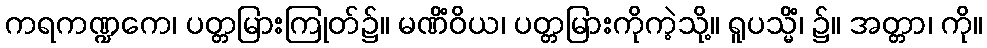
ကရကဏ္ဍကေ၊ ပတ္တမြားကြုတ်၌။ မဏိံဝိယ၊ ပတ္တမြားကိုကဲ့သို့။ ရူပသ္မိံ၊ ၌။ အတ္တာ၊ ကို။